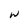
Character: W